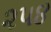
૨૫૪